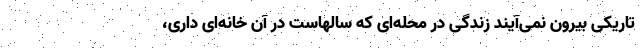
تاریکی بیرون نمی‌آیند زندگی در محله‌ای که سالهاست در آن خانه‌ای داری،